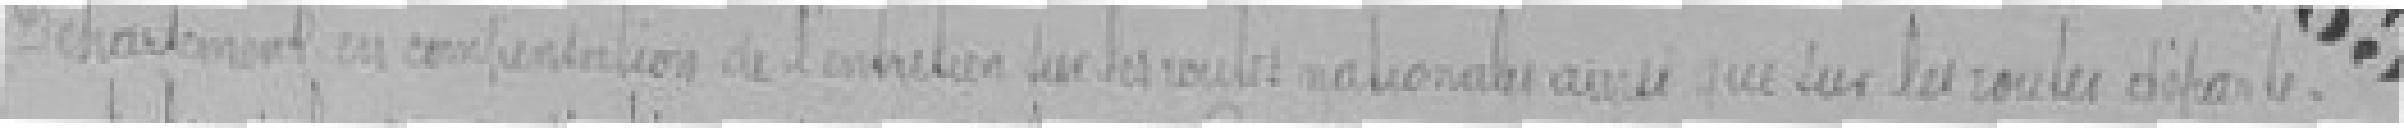
Département en compensation de l'entretien sur les routes nationales ainsi que sur les routes départe-